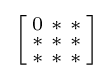
{\Bigl [}{\begin{smallmatrix}\mathrm {0} &\mathrm {*} &\mathrm {*} \\\mathrm {*} &\mathrm {*} &\mathrm {*} \\\mathrm {*} &\mathrm {*} &\mathrm {*} \end{smallmatrix}}{\Bigr ]}